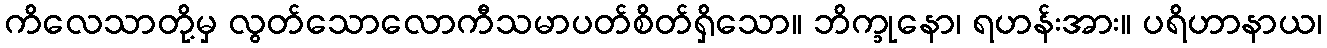
ကိလေသာတို့မှ လွတ်သောလောကီသမာပတ်စိတ်ရှိသော။ ဘိက္ခုနော၊ ရဟန်းအား။ ပရိဟာနာယ၊